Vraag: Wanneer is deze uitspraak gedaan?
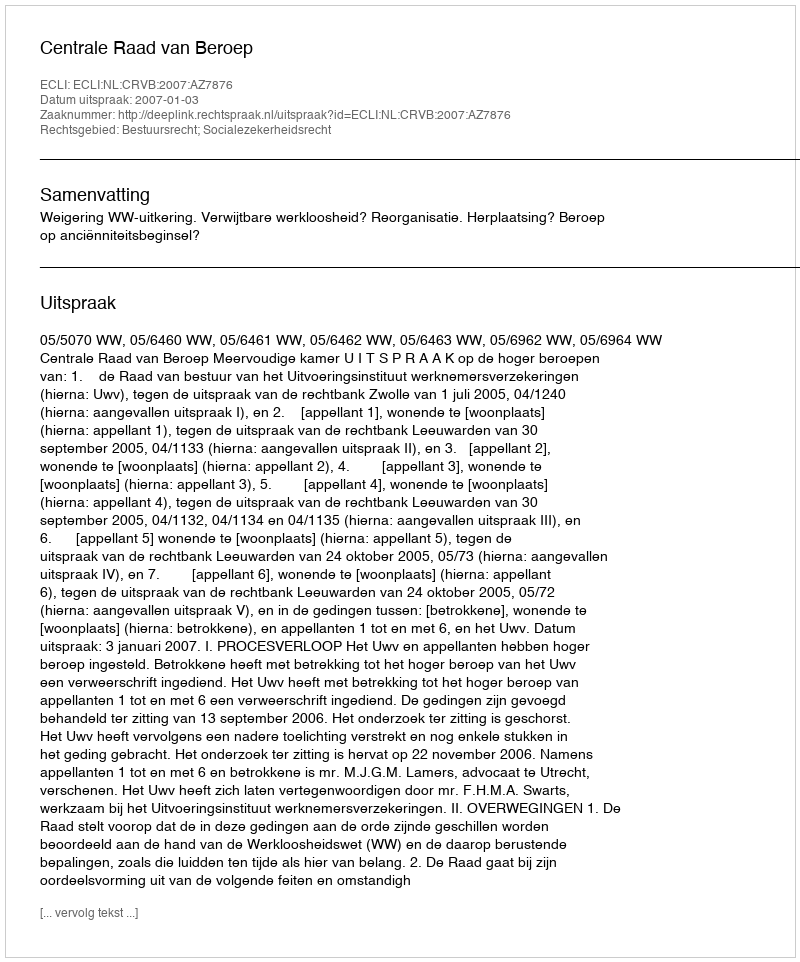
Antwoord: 2007-01-03